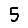
Digit: 5